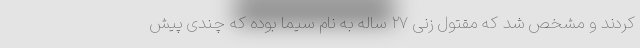
کردند و مشخص شد که مقتول زنی ۲۷ ساله به نام سیما بوده که چندی پیش